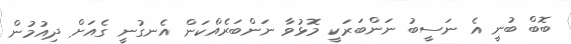
ބޮބް ބުނީ އެ ނަސީބު ނަންބަރަކީ މޮޅުވާ ނަންބަރެއްކަން އެނގުނީ ގެއަށް ދިއުމުން